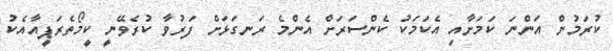
ކުރަމުން އަންނަ ކަމަށާއި އެކަމަކު ކެންސަރަށް އެންމެ ރަނގަޅަށް ފަރުވާ ކުރެވޭނީ ކީމޯތެރަޕީއާއެކު